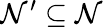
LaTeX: \mathcal{N}^{\prime}\subseteq\mathcal{N}